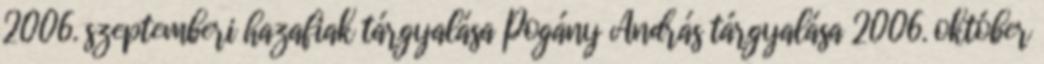
2006. szeptemberi hazafiak tárgyalása Pogány András tárgyalása 2006. október